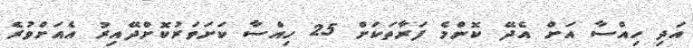
އަދި ހިއްސާ އަށް އެދޭ ކޮންމެ ފަރާތަކަށް 25 ހިއްސާ ކަށަވަރުކޮށްދޭއިރު އެއަށްވުރެ